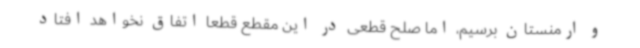
و ارمنستان برسیم، اما صلح قطعی در این مقطع قطعا اتفاق نخواهد افتاد